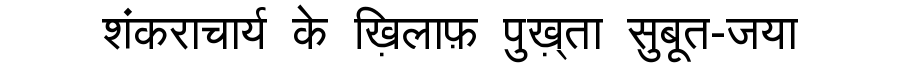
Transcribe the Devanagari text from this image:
शंकराचार्य के ख़िलाफ़ पुख़्ता सुबूत-जया